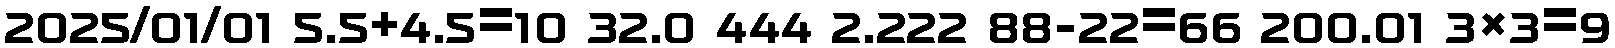
2025/01/01 5.5+4.5=10 32.0 444 2.222 88-22=66 200.01 3×3=9